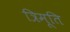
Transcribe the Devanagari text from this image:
त्रिमूति